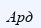
Ард